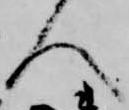
人